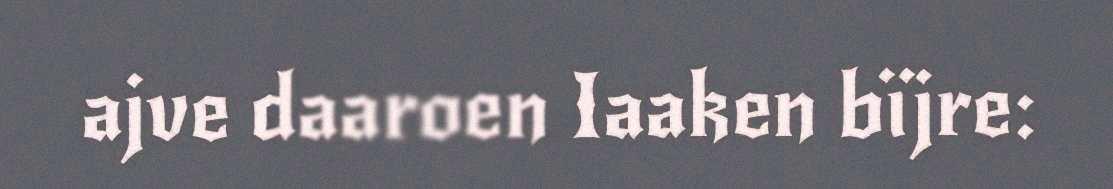
ajve daaroen Iaaken bïjre: